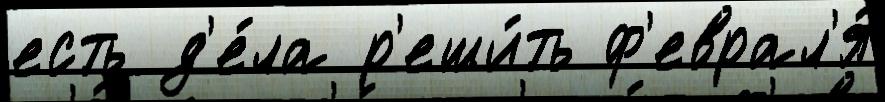
есть д'е́ла р'еши́ть ф'еврал'я́